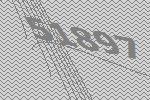
51897